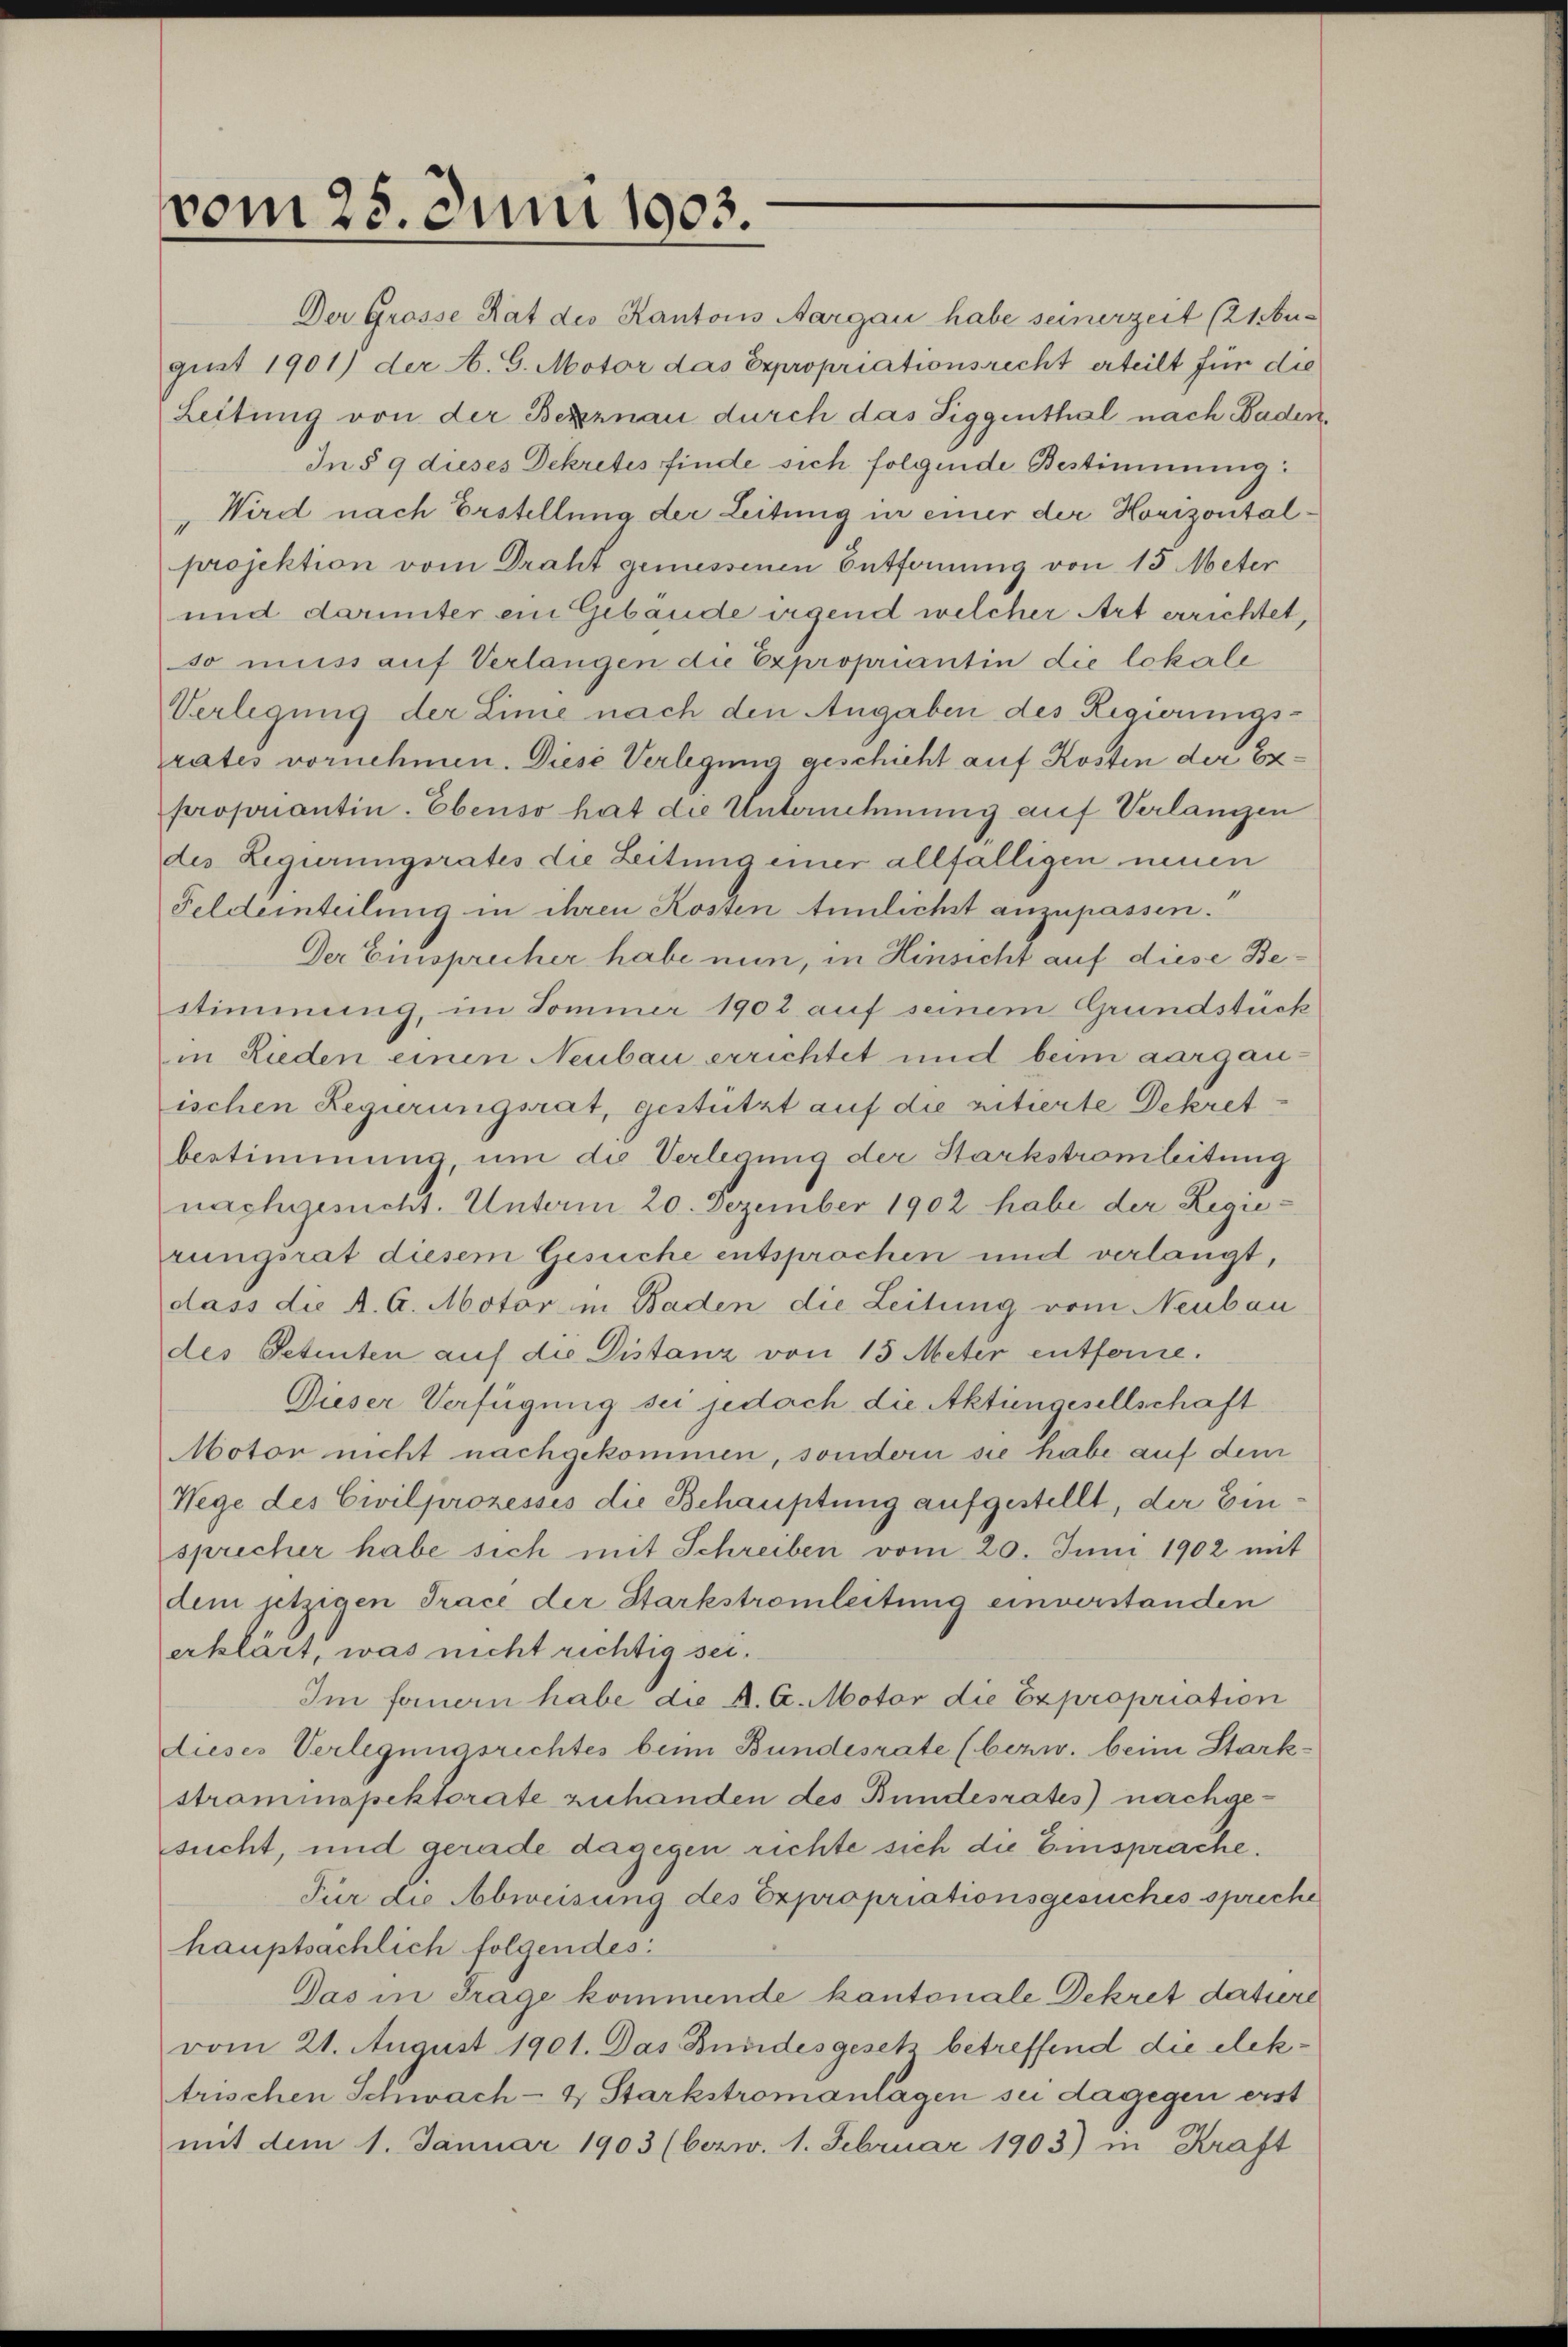
vom 25. Juni 1903.

Der Grosse Rat des Kantons Aargau habe seinerzeit (21bugust 1901) der A. G. Motor das Expropriationsrecht erteilt für die
Leitung von der Bezernau durch das Siggenthal nach Baden,
In § 9 dieses Dekretis finde sich folgende Bestimmung:
"Wird nach Erstellung der Leitung in einer der Horizontalprojektion vom Draht gemessenen Entfernung von 15 Meter
und darunter ein Gebäude irgend welcher Art errichtet,
so muss auf Verlangen die Expropriantin die lokale
Verlegung der Linie nach den Angaben des Regierungs-
rates vornehmen. Diese Verlegung geschicht auf Kosten der Expropriantin. Ebenso hat die Unternehmung auf Verlangen
des Legirungsrates die Zeitung einer allfälligen neuen
Feldeinteilung in ihren Kosten tunlichst anzupassen.
Der Einsprecher habe nun, in Hinsicht auf diese Bestimmung, im Sommer 1902 auf seinem Grundstück
in Lieden einen Neubau errichtet und beim aargauischen Regierungsrat, gestützt auf die vitierte Dekretbestimmung um de Verlegung der Starkstromleitung
nachgesucht. Unterm 20. Dezember 1902 habe der Regierungsrat diesem Gesuche entsprochen und verlangt,
dass die A. A. Motor in Baden die Leitung vom Neubau
des Petenten auf die Distanz von 15 Meter entferne.
Dieser Verfügung sie jedoch die Aktiengesellschaft
Motor nicht nachgekommen, sondern sie habe auf dem
Wege des Civilprozessis die Behauptung aufgestellt, der Einsprecher habe sich mit Schreiben vom 20. Juni 1902 mit
dem jetzigen Trace der Starkstromleitung einverstanden
erklärt, was nicht richtig sei.
Im fernern habe die A. G. Motor die Expropriation
dieses Verlegungsrechtes beim Bundesrate (bezw. beim Stark-
straminapektorate zuhanden des Bundesrates) nachgesucht, und gerade dagegen richte sich die Einsprache.
Für die Abweisung des Expropriationsgesuches spreche
hauptsachlich folgendes:
Das in Frage kommende kantonale Dekret datire
vom 21. August 1901. Das Bundesgesetz betreffend die elektrischen Schwach- & Starkstromanlagen sei dagegen erst
mit dem 1. Januar 1903 (bezw. 1. Februar 1903) in Kraft